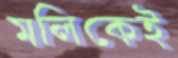
মলিকেই